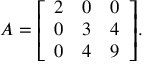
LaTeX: A = { \left[ \begin{array} { l l l } { 2 } & { 0 } & { 0 } \\ { 0 } & { 3 } & { 4 } \\ { 0 } & { 4 } & { 9 } \end{array} \right] } .